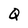
Character: Q